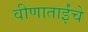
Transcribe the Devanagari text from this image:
वीणाताईंचे